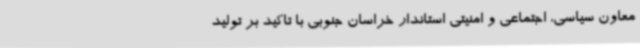
معاون سیاسی، اجتماعی و امنیتی استاندار خراسان جنوبی با تاکید بر تولید